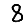
Digit: 8